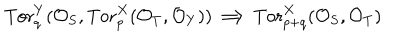
LaTeX: \mathrm { T o r } _ { q } ^ { Y } ( { \cal O } _ { S } , \mathrm { T o r } _ { p } ^ { X } ( { \cal O } _ { T } , { \cal O } _ { Y } ) ) \Longrightarrow \mathrm { T o r } _ { p + q } ^ { X } ( { \cal O } _ { S } , { \cal O } _ { T } )